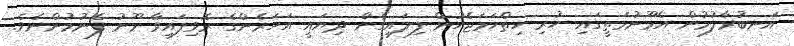
އަނބުރާލުމުން އެމޫނުމަތީގައި ހުރި ހިތްހަމަޖެހުން ފިލައިގެން ދިޔައީ އަހަރެންގެ ރޮވިފައިވާ މޫނު ފެނުމުންނެވެ.